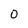
Character: 0